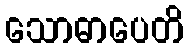
သောဓာပေတိ